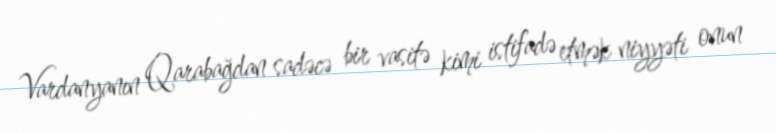
Vardanyanın Qarabağdan sadəcə bir vasitə kimi istifadə etmək niyyəti onun